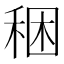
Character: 稇